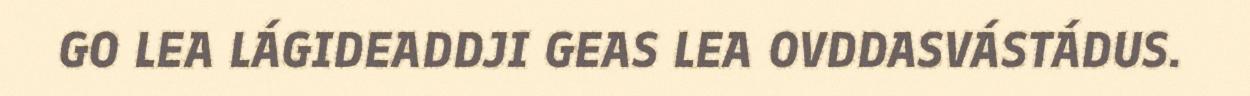
GO LEA LÁGIDEADDJI GEAS LEA OVDDASVÁSTÁDUS.